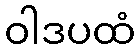
ဝါဒပထံ